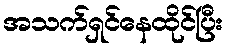
အသက်ရှင်နေထိုင်ပြီး